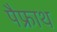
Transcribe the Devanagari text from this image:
पैफ्राथ